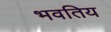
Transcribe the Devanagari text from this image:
भवतिय